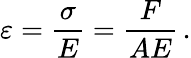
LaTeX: \varepsilon={\frac{\sigma}{E}}={\frac{F}{AE}}\, .